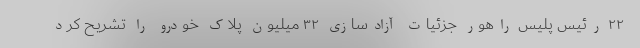
۲۲ رئیس پلیس راهور جزئیات آزادسازی ۳۲ میلیون پلاک خودرو را تشریح کرد